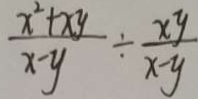
\frac { x ^ { 2 } + x y } { x - y } \div \frac { x y } { x - y }